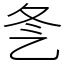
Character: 㐑